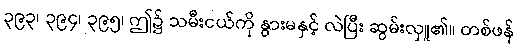
၃၉၃၊ ၃၉၄၊ ၃၉၅၊ ဤ၌ သမီးငယ်ကို နွားမနှင့် လဲပြီး ဆွမ်းလှူ၏။ တစ်ဖန်